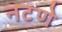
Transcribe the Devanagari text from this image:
नटणे